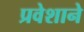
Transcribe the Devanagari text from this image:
प्रवेशाने